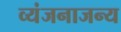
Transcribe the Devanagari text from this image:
व्यंजनाजन्य